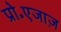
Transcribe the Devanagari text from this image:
प्रो॰एजाज़